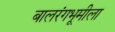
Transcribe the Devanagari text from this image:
बालरंगभूमीला